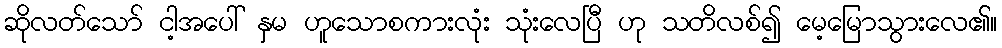
ဆိုလတ်သော် ငါ့အပေါ် နှမ ဟူသောစကားလုံး သုံးလေပြီ ဟု သတိလစ်၍ မေ့မြောသွားလေ၏။